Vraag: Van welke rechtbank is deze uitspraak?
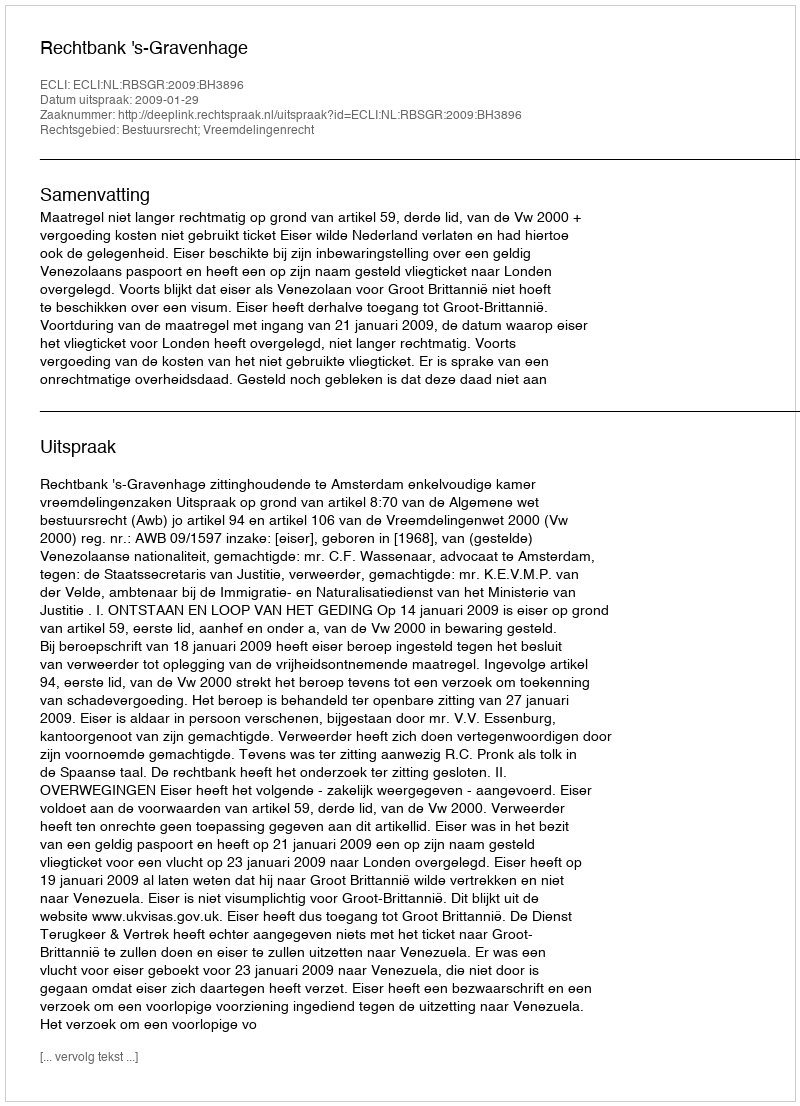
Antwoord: Rechtbank 's-Gravenhage